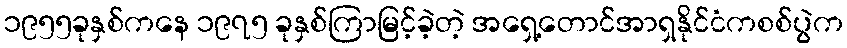
၁၉၅၅ခုနှစ်ကနေ ၁၉၇၅ ခုနှစ်ကြာမြင့်ခဲ့တဲ့ အရှေ့တောင်အာရှနိုင်ငံကစစ်ပွဲက